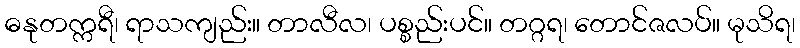
ဓနုတက္ကရီ၊ ရာသကျည်း။ တာလီလ၊ ပစ္စည်းပင်။ တဂ္ဂရ၊ တောင်ဇလပ်။ မုသိရ၊